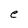
Character: e